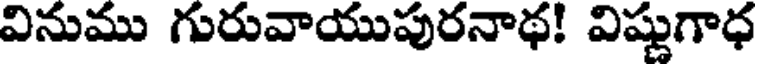
వినుము గురువాయుపురనాథ! విష్ణుగాధ